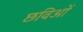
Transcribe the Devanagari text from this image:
छविओं